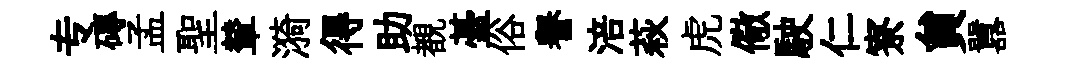
专磚孟聖輦漪得助覩䑓俗譽涪萩虎儆駛仁寮貟囂